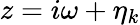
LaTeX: z=i\omega+\eta_{k}